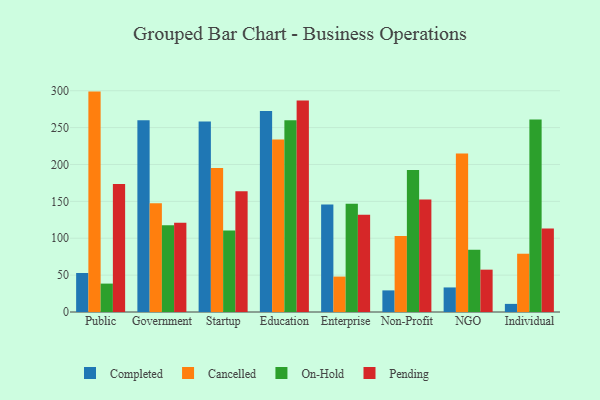
{"axis": {"x": "Segment", "y": "Backlog"}, "legend": ["Cancelled", "Completed", "On-Hold", "Pending"], "data": [{"x": "Public", "y": 52.9, "type": "Completed"}, {"x": "Public", "y": 298.8, "type": "Cancelled"}, {"x": "Public", "y": 38.5, "type": "On-Hold"}, {"x": "Public", "y": 173.4, "type": "Pending"}, {"x": "Government", "y": 259.8, "type": "Completed"}, {"x": "Government", "y": 147.4, "type": "Cancelled"}, {"x": "Government", "y": 117.6, "type": "On-Hold"}, {"x": "Government", "y": 121.1, "type": "Pending"}, {"x": "Startup", "y": 258.3, "type": "Completed"}, {"x": "Startup", "y": 195.3, "type": "Cancelled"}, {"x": "Startup", "y": 110.5, "type": "On-Hold"}, {"x": "Startup", "y": 163.6, "type": "Pending"}, {"x": "Education", "y": 272.5, "type": "Completed"}, {"x": "Education", "y": 233.8, "type": "Cancelled"}, {"x": "Education", "y": 260.1, "type": "On-Hold"}, {"x": "Education", "y": 286.6, "type": "Pending"}, {"x": "Enterprise", "y": 145.9, "type": "Completed"}, {"x": "Enterprise", "y": 48.0, "type": "Cancelled"}, {"x": "Enterprise", "y": 146.9, "type": "On-Hold"}, {"x": "Enterprise", "y": 131.8, "type": "Pending"}, {"x": "Non-Profit", "y": 29.3, "type": "Completed"}, {"x": "Non-Profit", "y": 103.1, "type": "Cancelled"}, {"x": "Non-Profit", "y": 192.4, "type": "On-Hold"}, {"x": "Non-Profit", "y": 152.4, "type": "Pending"}, {"x": "NGO", "y": 33.3, "type": "Completed"}, {"x": "NGO", "y": 214.8, "type": "Cancelled"}, {"x": "NGO", "y": 84.4, "type": "On-Hold"}, {"x": "NGO", "y": 57.4, "type": "Pending"}, {"x": "Individual", "y": 11.0, "type": "Completed"}, {"x": "Individual", "y": 79.0, "type": "Cancelled"}, {"x": "Individual", "y": 260.9, "type": "On-Hold"}, {"x": "Individual", "y": 113.1, "type": "Pending"}]}